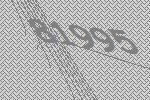
81995